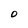
Character: O